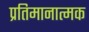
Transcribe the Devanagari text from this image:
प्रतिमानात्मक